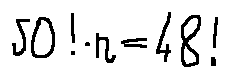
5 0 ! \cdot n = 4 8 !